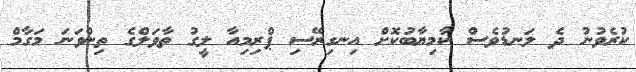
ކުރެވުނު ދެ ލަނޑުވެސް ކާމިޔާބުކޮށް އިނގިރޭސި ޕްރިމިއާ ލީގު ތާވަލްގެ ތިންވަނަ މަގާމް